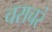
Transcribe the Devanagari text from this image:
चराचरं